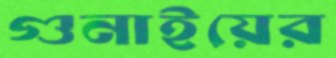
গুনাইয়ের